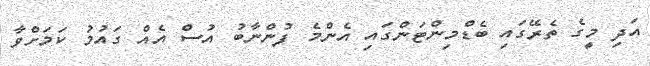
އަދި މީގެ ތެރޭގައި ބެޑްމިންޓަންގައި އެންމެ ފުންނާބު އުސް އެއް ގައުމު ކަމަށްވާ